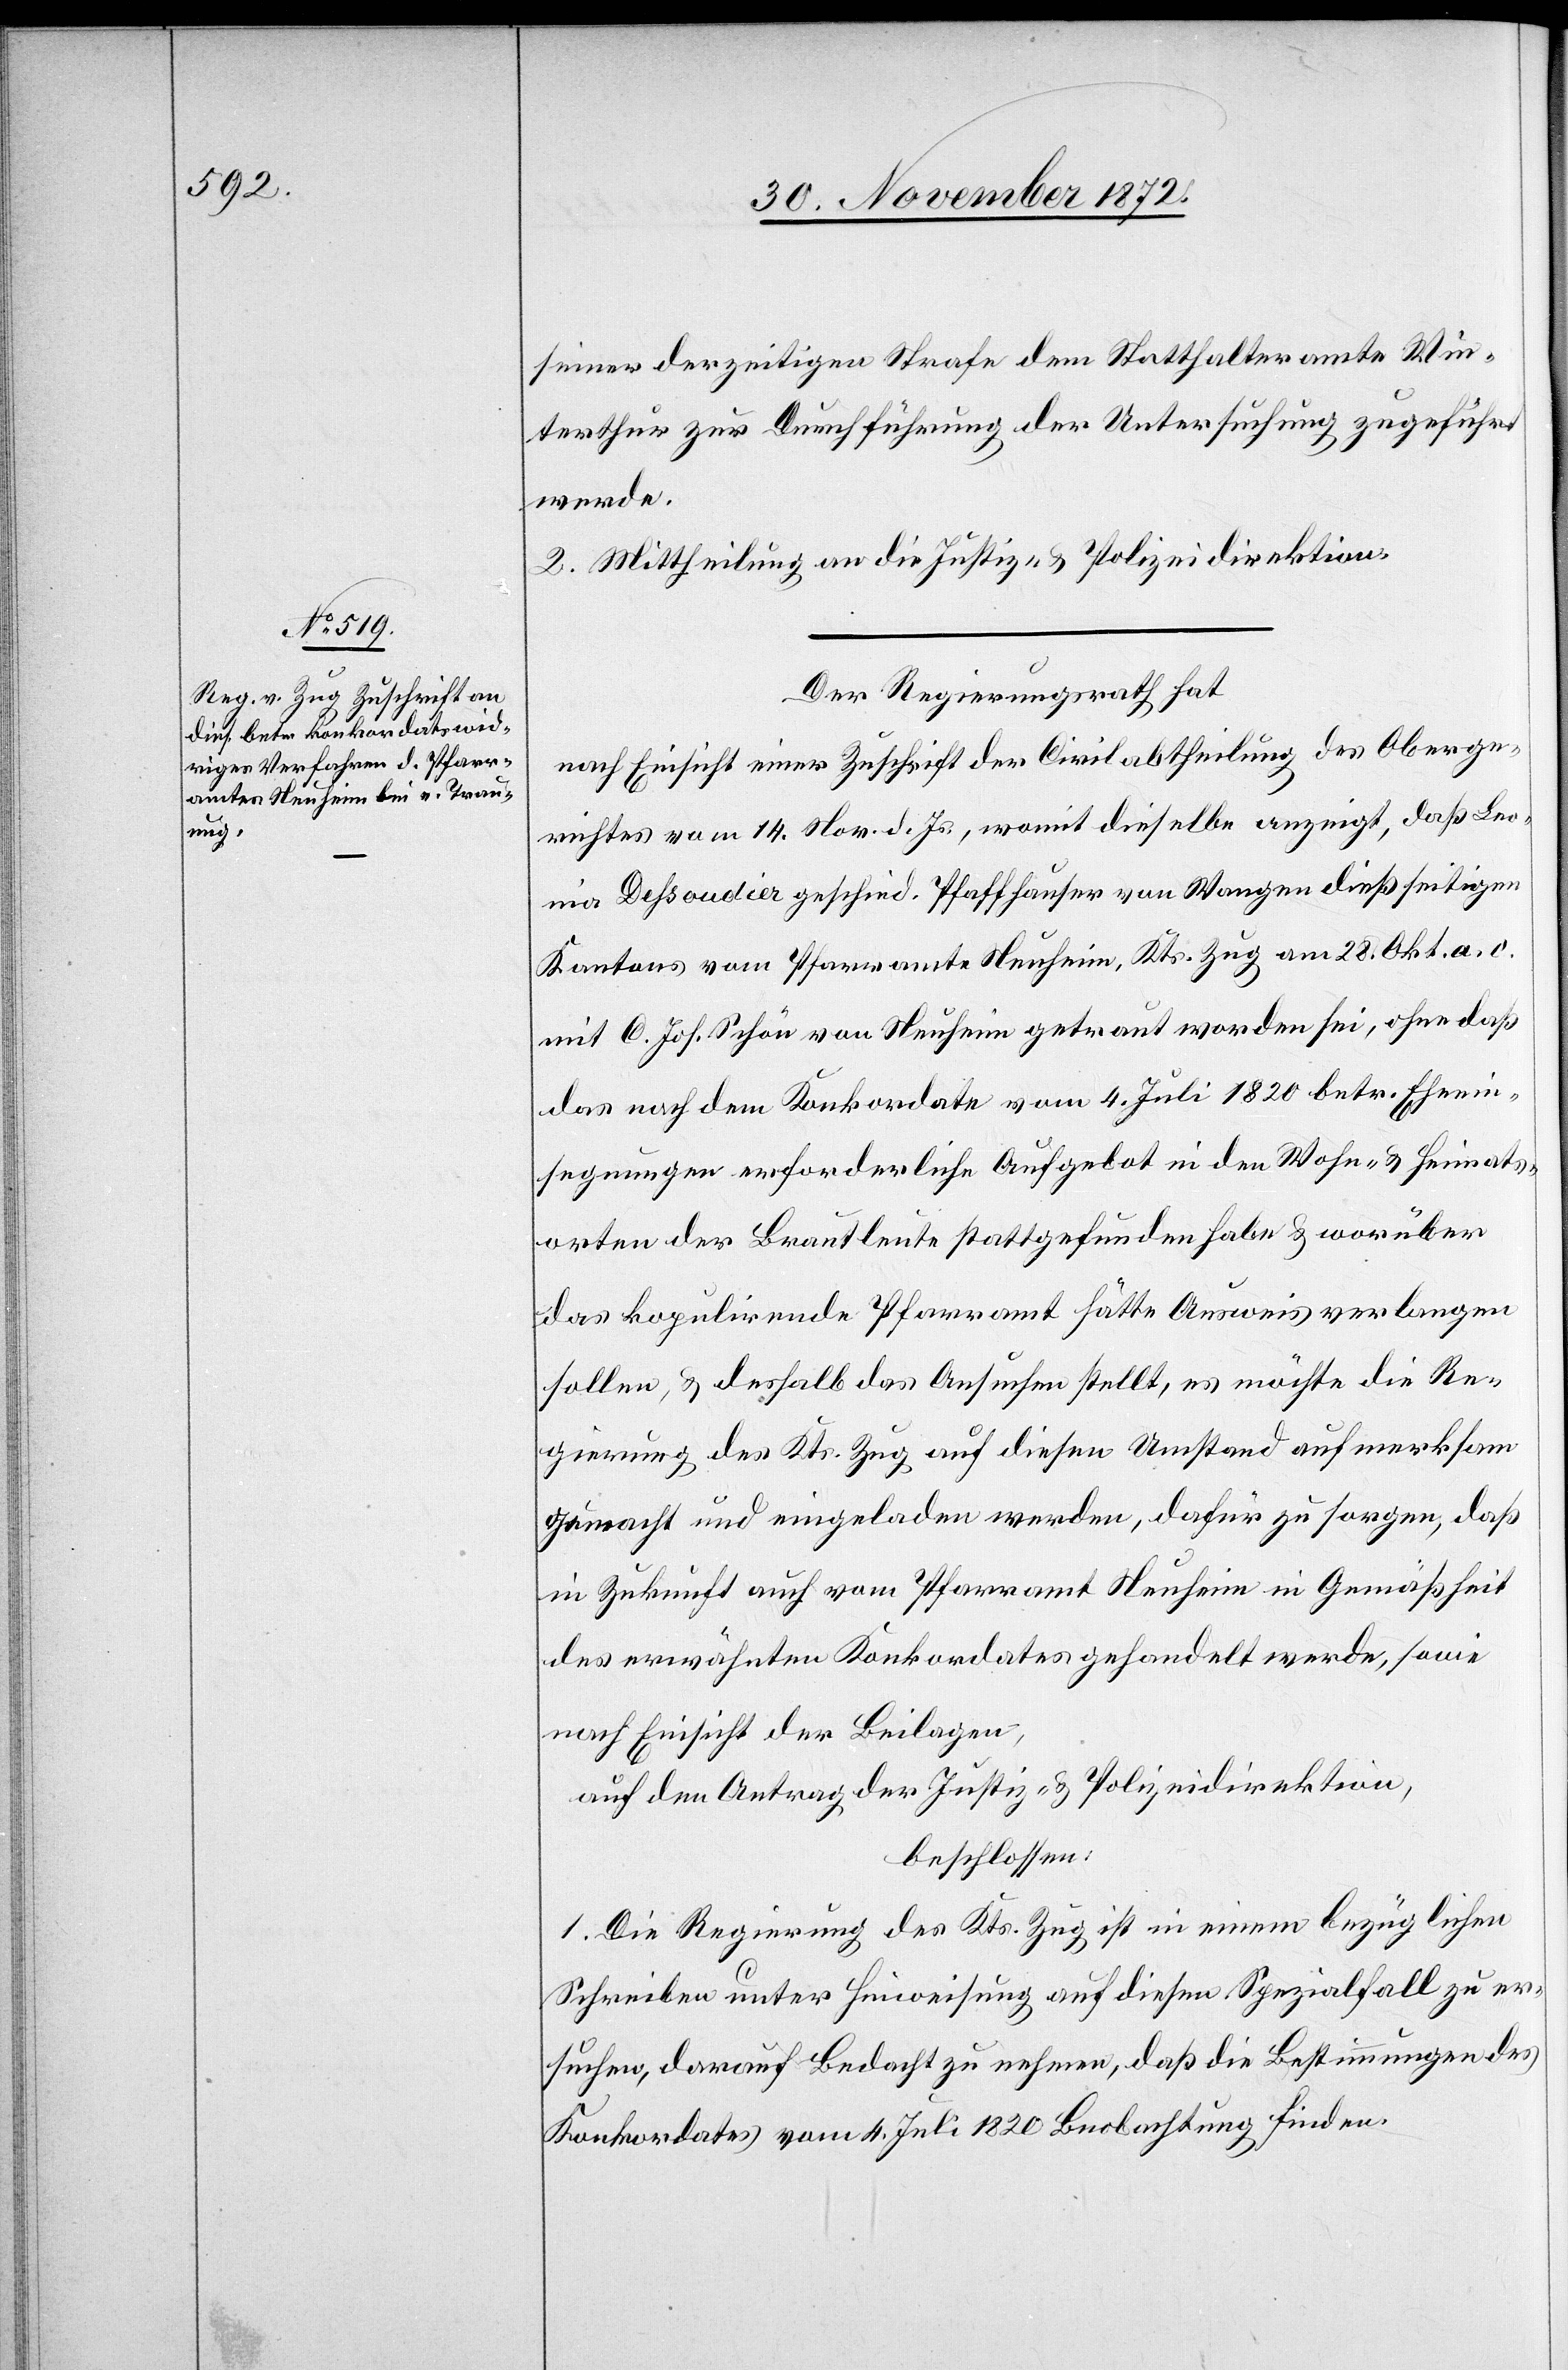
seiner derzeitigen Strafe dem Statthalteramte Win¬
terthur zur Durchführung der Untersuchung zugeführt
werde.
2. Mittheilung an die Justiz- u. Polizeidirektion.
Der Regierungsrath hat
nach Einsicht einer Zuschrift der Civilabtheilung des Oberge¬
richtes vom 14. Nov. d. Js., womit dieselbe anzeigt, daß Leo¬
nia Dessoudier geschied. Pfaffhauser von Wangen dießseitigen
Kantons vom Pfarramte Neuheim, Kts. Zug am 28. Okt. a. c.
mit C. Joh. Schön von Neuheim getraut worden sei, ohne daß
das nach dem Konkordate vom 4. Juli 1820 betr. Eheein¬
segnungen erforderliche Aufgebot in den Wohn- u. Heimats¬
orten der Brautleute stattgefunden habe u. worüber
das kopulirende Pfarramt hätte Ausweis verlangen
sollen, u. deshalb das Ansuchen stellt, es möchte die Re¬
gierung des Kts. Zug auf diesen Umstand aufmerksam
gemacht und eingeladen werden, dafür zu sorgen, daß
in Zukunft auch vom Pfarramt Neuheim in Gemäßheit
des erwähnten Konkordates gehandelt werde, sowie
nach Einsicht der Beilagen,
auf den Antrag der Justiz- u. Polizeidirektion,
beschlossen:
1. Die Regierung des Kts. Zug ist in einem bezüglichen
Schreiben unter Hinweisung auf diesen Spezialfall zu er¬
suchen, darauf Bedacht zu nehmen, daß die Bestimmungen des
Konkordates vom 4. Juli 1820 Beobachtung finden.